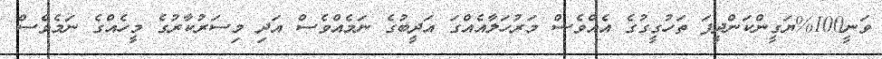
ވަނީ100%ޔަގީންކަންދީފަ ތަހުގީގުގެ އެއްވެސް މަރުހަލާއެއްގަ އަދީބުގެ ނަމެއްވެސް އަދި މިސަރުކާރުގެ މީހެއްގެ ނަމެވެސް